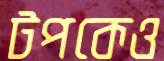
টপকেও